Indian journal of veterinary science and animal husbandry - Volumes 28-29, 1958-1959
Year: 1958
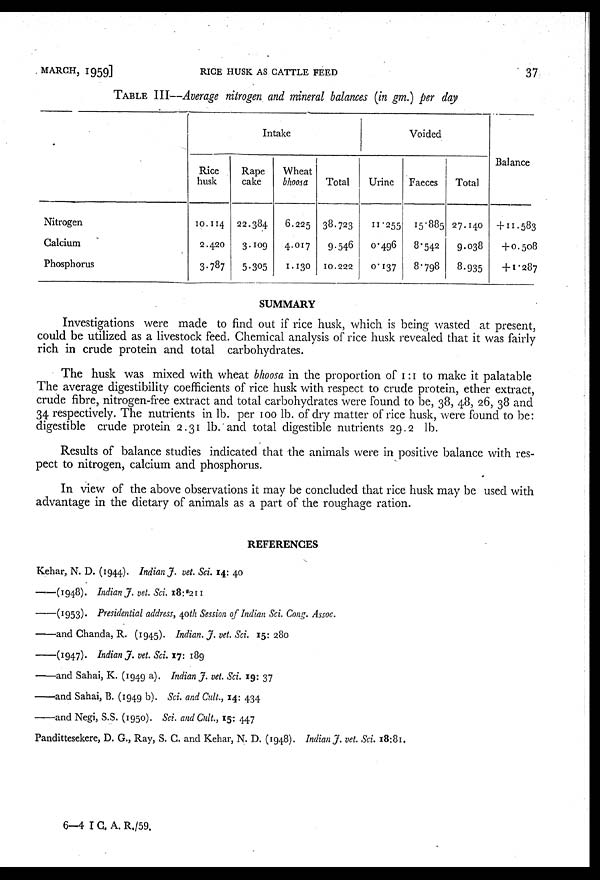
MARCH,
1959]
RICE HUSK AS CATTLE FEED
37
TABLE III—Average nitrogen and mineral balances (in gm.) per day
Nitrogen
Calcium
Phosphorus
Intake
Rice
husk
10.114
2.420
3.787
Rape
cake
22.384
3.109
5.305
Wheat
bhoosa
6.225
4.017
1.130
Total
38.723
9.546
10.222
Voided
Urine
11.255
0.496
0.137
Faeces
15.885
8.542
8.798
Total
27.140
9.038
8.935
Balance
+11.583
+0.508
+1.287
SUMMARY
Investigations were made to find out if rice husk, which is being wasted at present,
could be utilized as a livestock feed. Chemical analysis of rice husk revealed that it was fairly
rich in crude protein and total carbohydrates.
The husk was mixed with wheat bhoosa in the proportion of 1:1 to make it palatable
The average digestibility coefficients of rice husk with respect to crude protein, ether extract,
crude fibre, nitrogen-free extract and total carbohydrates were found to be, 38, 48, 26, 38 and
34 respectively. The nutrients in lb. per 100 lb. of dry matter of rice husk, were found to be:
digestible crude protein 2.31 lb. and total digestible nutrients 29.2 lb.
Results of balance studies indicated that the animals were in positive balance with res-
pect to nitrogen, calcium and phosphorus.
In view of the above observations it may be concluded that rice husk may be used with
advantage in the dietary of animals as a part of the roughage ration.
REFERENCES
Kehar, N. D. (1944). Indian J. vet. Sci. 14: 40
——(1948). Indian J. vet. Sci. 18: 211
——(1953). Presidential address, 40th Session of Indian Sci. Cong. Assoc.
——and Chanda, R. (1945). Indian. J. vet. Sci. 15: 280
——(1947). Indian J. vet. Sci. 17: 189
——and Sahai, K. (1949 a). Indian J. vet. Sci. 19: 37
——and Sahai, B. (1949 b). Sci. and Cult., 14: 434
——and Negi, S.S. (1950). Sci. and Cult., 15: 447
Pandittesekere, D. G., Ray, S. C. and Kehar, N. D. (1948). Indian J. vet. Sci. 18:81.
6-4 I C. A. R./59.